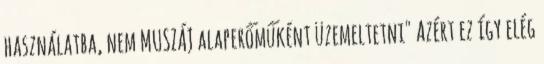
használatba, nem MUSZÁJ alaperőműként üzemeltetni" Azért ez így elég